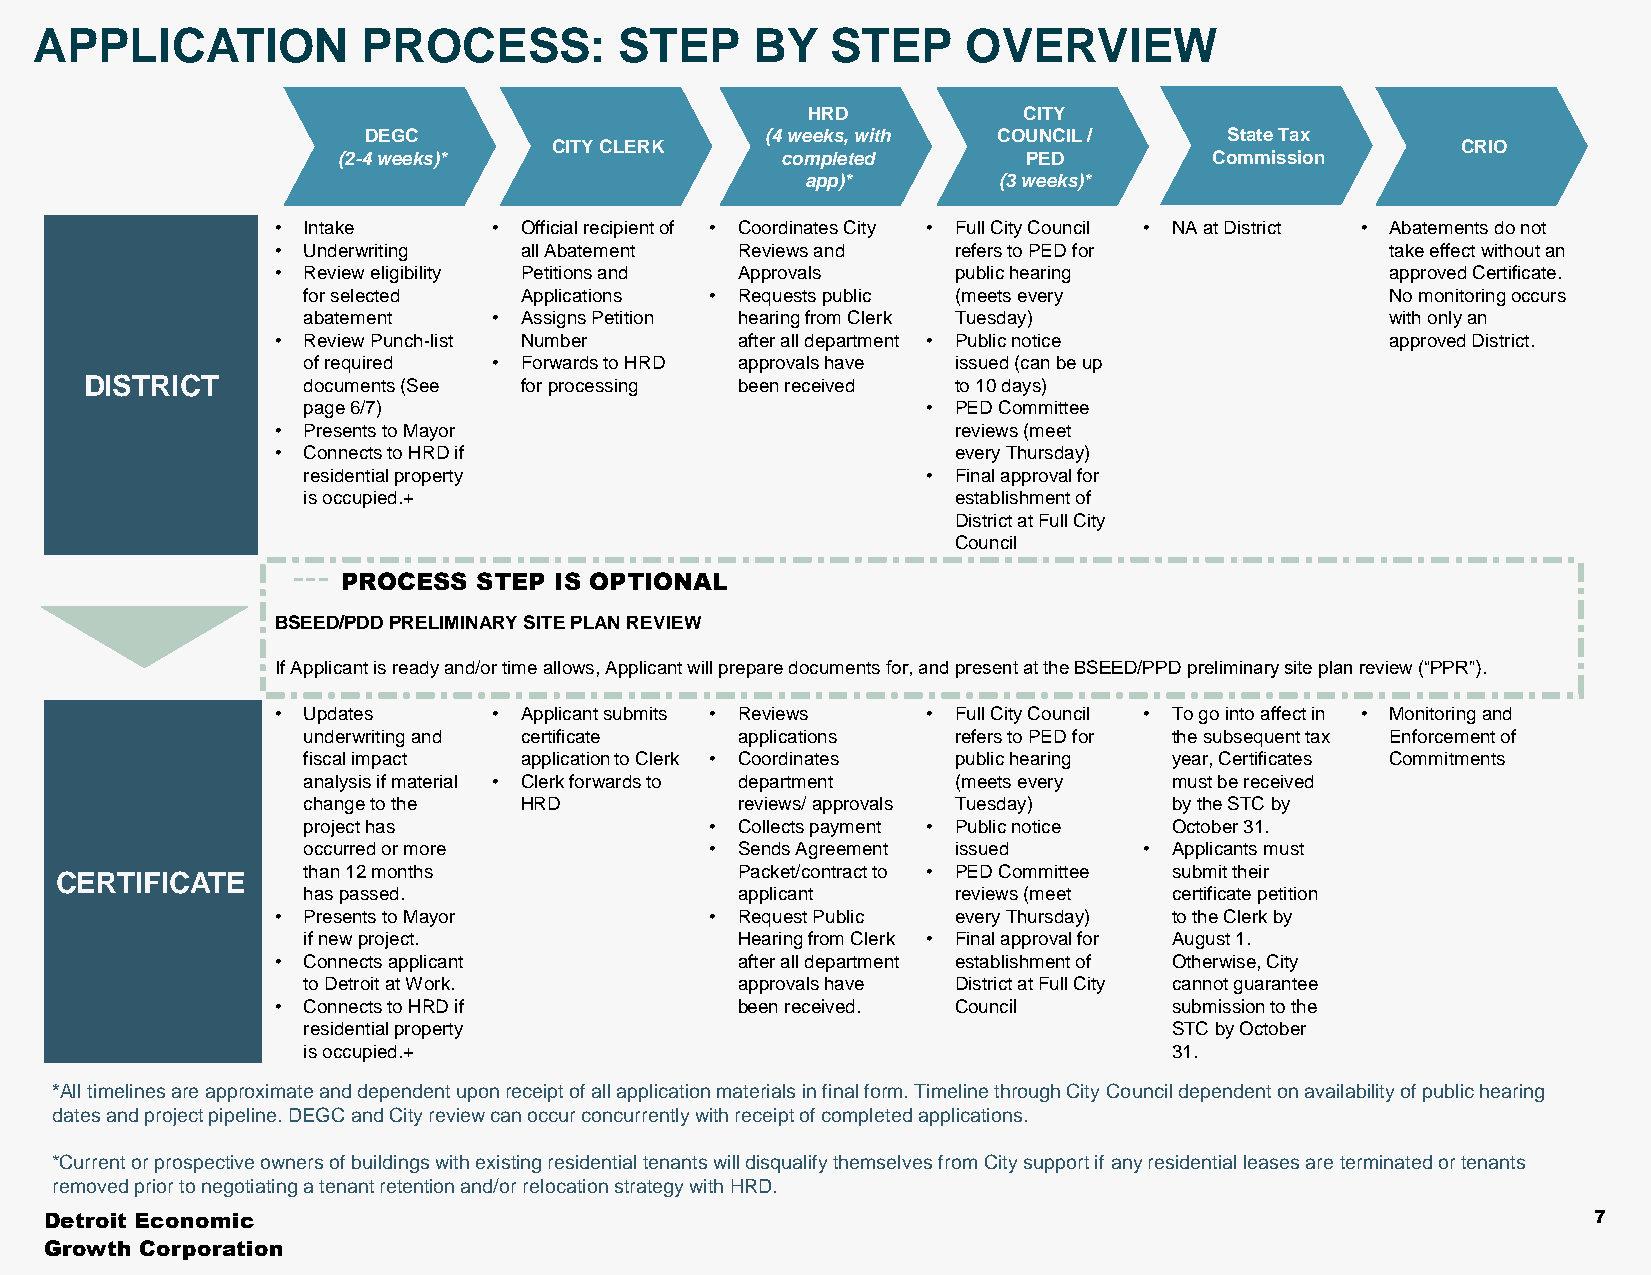
APPLICATION           PROCESS:         STEP     BY   STEP     OVERVIEW
 HRD            CITY
 DEGC                       (4 weeks, with COUNCIL /      State Tax
 CITY CLERK                                                  CRIO
 (2-4 weeks)*                  completed       PED         Commission
 app)*        (3 weeks)*
 • Intake       • Official recipient of • Coordinates City • Full City Council • NA at District • Abatements do not
 • Underwriting  all Abatement  Reviews and   refers to PED for            take effect without an
 • Review eligibility Petitions and Approvals public hearing               approved Certificate.
 for selected  Applications • Requests public (meets every               No monitoring occurs
 abatement    • Assigns Petition hearing from Clerk Tuesday)             with only an
 • Review Punch-list Number     after all department • Public notice       approved District.
 of required  • Forwards to HRD approvals have issued (can be up
 DISTRICT      documents (See for processing been received to 10 days)
 page 6/7)                                • PED Committee
 • Presents to Mayor                          reviews (meet
 • Connects to HRD if                         every Thursday)
 residential property                     • Final approval for
 is occupied.+                              establishment of
 Districtat Full City
 Council
 ---
 PROCESS  STEP IS OPTIONAL
 BSEED/PDD PRELIMINARY SITE PLAN REVIEW
 If Applicant is ready and/or time allows, Applicant will prepare documentsfor, and present at the BSEED/PPD preliminary site plan review (“PPR”).
 • Updates      • Applicant submits • Reviews • Full City Council • To go into affect in • Monitoring and
 underwriting and certificate applications  refers to PED for the subsequent tax Enforcement of
 fiscal impact application to Clerk • Coordinates public hearing year, Certificates Commitments
 analysis if material • Clerk forwards to department (meets every must be received
 change to the HRD            reviews/ approvals Tuesday)  by the STC by
 project has                • Collectspayment • Public notice October 31.
 occurred or more           • Sends Agreement issued     • Applicants must
 than 12 months               Packet/contract to • PED Committee submit their
 CERTIFICATE
 has passed.                  applicant     reviews (meet  certificate petition
 • Presents to Mayor          • Request Public every Thursday) to the Clerk by
 if new project.              Hearing from Clerk • Final approval for August 1.
 • Connects applicant           after all department establishment of Otherwise, City
 to Detroit at Work.          approvals have Districtat Full City cannot guarantee
 • Connects to HRD if           been received. Council       submission to the
 residential property                                      STC by October
 is occupied.+                                             31.
 *All timelines are approximate and dependent upon receipt of all application materials in final form. Timeline through City Council dependent on availability of public hearing
 dates and project pipeline. DEGC and City review can occur concurrently with receipt of completed applications.
 *Current or prospective owners of buildings with existing residential tenants will disqualify themselves from City support ifany residential leases are terminated or tenants
 removed prior to negotiating a tenant retention and/or relocation strategy with HRD.
 Detroit Economic                                                                                       7
 Growth Corporation